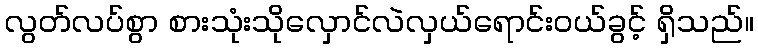
လွတ်လပ်စွာ စားသုံးသိုလှောင်လဲလှယ်ရောင်းဝယ်ခွင့် ရှိသည်။